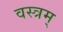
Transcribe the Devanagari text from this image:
वस्त्रम्‌